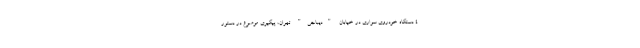
۴ دستگاه خودروی سواری در خیابان "دیباجی" تهران، پیگیری موضوع در دستور